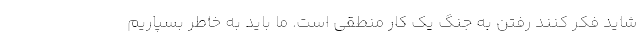
شاید فکر کنند رفتن به جنگ یک کار منطقی است. ما باید به خاطر بسپاریم